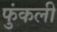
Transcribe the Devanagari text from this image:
फुंकली